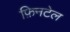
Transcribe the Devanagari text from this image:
फ़िनटेल